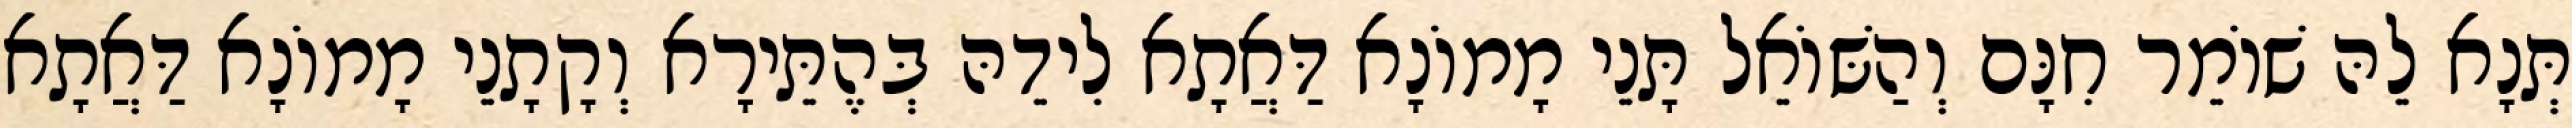
תְּנָא לֵהּ שׁוֹמֵר חִנָּם וְהַשּׁוֹאֵל תָּנֵי מָמוֹנָא דַּאֲתָא לִידֵהּ בְּהֶתֵּירָא וְקָתָנֵי מָמוֹנָא דַּאֲתָא